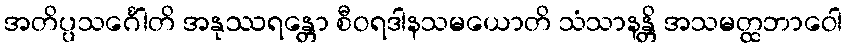
အတိပ္ပသင်္ဂေါတိ အနုဿရန္တော စီဝရဒါနသမယောတိ သံသာနန္တိ အသမတ္ထဘာဝေါ